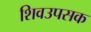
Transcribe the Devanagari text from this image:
शिवउपसक